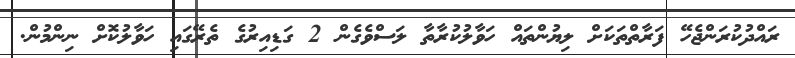
ރައްދުކުރަންޖެހޭ ފަރާތްތަކަށް ލިޔުންތައް ހަވާލުކުރާތާ ލަސްވެގެން 2 ގަޑިއިރުގެ ތެރޭގައި ހަވާލުކޮށް ނިންމުން.